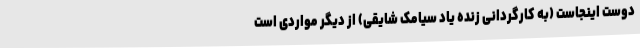
دوست اینجاست (به کارگردانی زنده یاد سیامک شایقی) از دیگر مواردی است